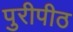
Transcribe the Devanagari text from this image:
पुरीपीठ